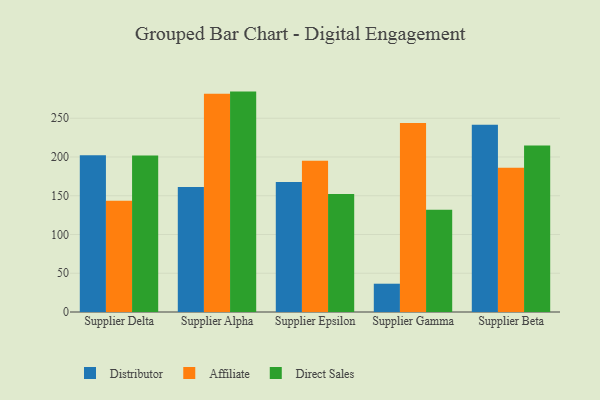
{"axis": {"x": "Supplier", "y": "Production Output"}, "legend": ["Affiliate", "Direct Sales", "Distributor"], "data": [{"x": "Supplier Delta", "y": 202.2, "type": "Distributor"}, {"x": "Supplier Delta", "y": 143.4, "type": "Affiliate"}, {"x": "Supplier Delta", "y": 201.9, "type": "Direct Sales"}, {"x": "Supplier Alpha", "y": 161.2, "type": "Distributor"}, {"x": "Supplier Alpha", "y": 281.5, "type": "Affiliate"}, {"x": "Supplier Alpha", "y": 284.4, "type": "Direct Sales"}, {"x": "Supplier Epsilon", "y": 167.7, "type": "Distributor"}, {"x": "Supplier Epsilon", "y": 195.1, "type": "Affiliate"}, {"x": "Supplier Epsilon", "y": 152.3, "type": "Direct Sales"}, {"x": "Supplier Gamma", "y": 36.5, "type": "Distributor"}, {"x": "Supplier Gamma", "y": 243.9, "type": "Affiliate"}, {"x": "Supplier Gamma", "y": 131.9, "type": "Direct Sales"}, {"x": "Supplier Beta", "y": 241.7, "type": "Distributor"}, {"x": "Supplier Beta", "y": 186.1, "type": "Affiliate"}, {"x": "Supplier Beta", "y": 215.0, "type": "Direct Sales"}]}